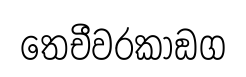
තෙචීවරකාඞග